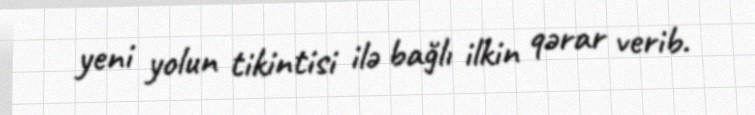
yeni yolun tikintisi ilə bağlı ilkin qərar verib.